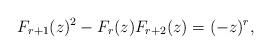
LaTeX: \begin{align*} F_{r+1}(z)^{2} - F_{r}(z) F_{r+2}(z) = (-z)^{r},\end{align*}